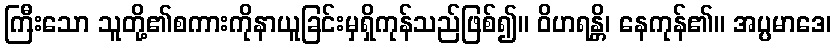
ကြီးသော သူတို့၏စကားကိုနာယူခြင်းမှရှိကုန်သည်ဖြစ်၍။ ဝိဟရန္တိ၊ နေကုန်၏။ အပ္ပမာဒေ၊